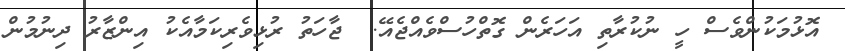
އޮޅުމަކުންވެސް ހީ ނުކުރާތި އަހަރެން ގޮތްހުސްވެއްޖެއޭ.  ޖާހަތު ރުޅިވެރިކަމާއެކު އިންޒާރު ދިނުމުން